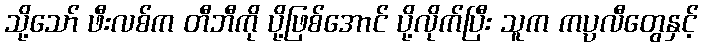
သို့သော် ဖီးလစ်က တီဘီကို ပို့ဖြစ်အောင် ပို့လိုက်ပြီး သူက ကပ္ပလီတွေနှင့်